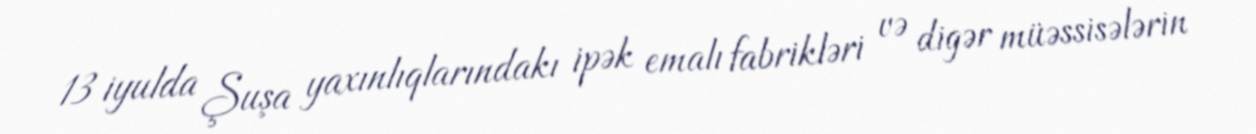
13 iyulda Şuşa yaxınlıqlarındakı ipək emalı fabrikləri və digər müəssisələrin